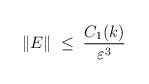
LaTeX: \begin{align*}\|E\| \;\leq\; \frac{C_1(k)}{\varepsilon^3} \end{align*}